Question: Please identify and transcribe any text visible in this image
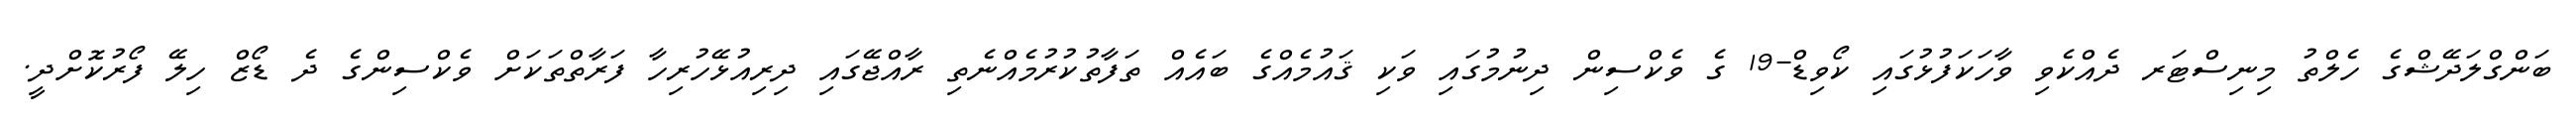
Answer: ބަންގްލަދޭޝްގެ ހެލްތު މިނިސްޓަރ ދެއްކެވި ވާހަކަފުޅުގައި ކޯވިޑް-19 ގެ ވެކްސިން ދިނުމުގައި ވަކި ޤައުމެއްގެ ބައެއް ތަފާތުކުރުމެއްނެތި ރާއްޖޭގައި ދިރިއުޅޭހުރިހާ ފަރާތްތަކަށް ވެކްސިންގެ ދެ ޑޯޒް ހިލޭ ފޯރުކޮށްދީ.